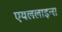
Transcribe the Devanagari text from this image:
एयललाइन्स